Report on the bubonic plague in Bombay, 1896-1897
Year: 1896
Disease focus: Plague
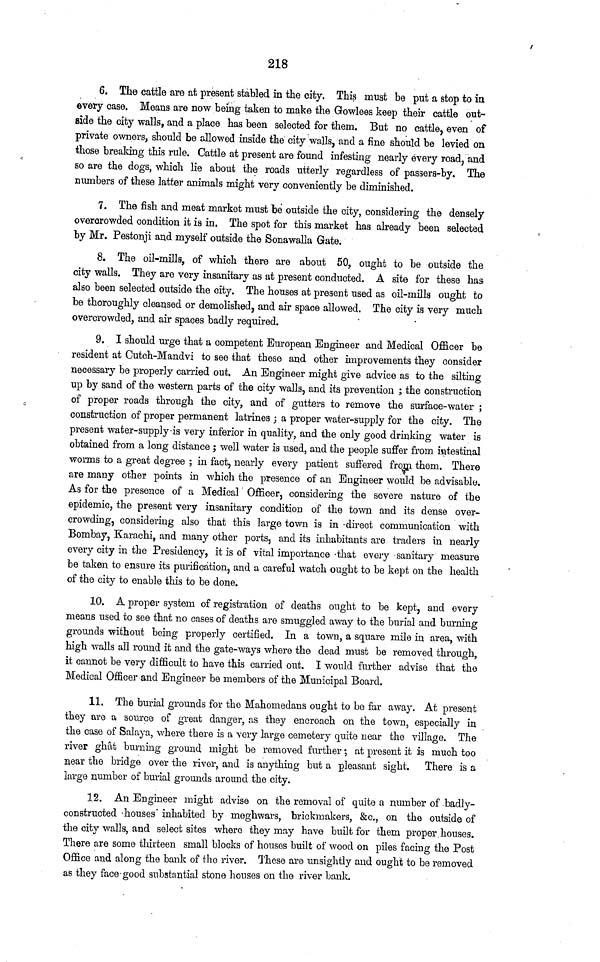
218
6. The cattle are at present stabled in the city. This must be put a stop to in
every case. Means are now being taken to make the Gowlees keep their cattle out-
side the city walls, and a place has been selected for them. But no cattle, even of
private owners, should be allowed inside the city walls, and a fine should be levied on
those breaking this rule. Cattle at present are found infesting nearly every road, and
so are the dogs, which lie about the roads utterly regardless of passers-by. The
numbers of these latter animals might very conveniently be diminished.
7. The fish and meat market must be outside the city, considering the densely
overcrowded condition it is in. The spot for this market has already been selected
by Mr. Pestonji and myself outside the Sonawalla Gate.
8. The oil-mills, of which there are about 50, ought to be outside the
city walls. They are very insanitary as at present conducted. A site for these has
also been selected outside the city. The houses at present used as oil-mills ought to
be thoroughly cleansed or demolished, and air space allowed. The city is very much
overcrowded, and air spaces badly required.
9. I should urge that a competent European Engineer and Medical Officer be
resident at Cutch-Mandvi to see that these and other improvements they consider
necessary be properly carried out. An Engineer might give advice as to the silting
up by sand of the western parts of the city walls, and its prevention ; the construction
of proper roads through the city, and of gutters to remove the surface-water ;
construction of proper permanent latrines ; a proper water-supply for the city. The
present water-supply is very inferior in quality, and the only good drinking water is
obtained from a long distance ; well water is used, and the people suffer from intestinal
worms to a great degree ; in fact, nearly every patient suffered from them. There
are many other points in which the presence of an Engineer would be advisable.
As for the presence of a Medical Officer, considering the severe nature of the
epidemic, the present very insanitary condition of the town and its dense over-
crowding, considering also that this large town is in direct communication with
Bombay, Karachi, and many other ports, and its inhabitants are traders in nearly
every city in the Presidency, it is of vital importance that every sanitary measure
be taken to ensure its purification, and a careful watch ought to be kept on the health
of the city to enable this to be done.
10. A proper system of registration of deaths ought to be kept, and every
means used to see that no cases of deaths are smuggled away to the burial and burning
grounds without being properly certified. In a town, a square mile in area, with
high walls all round it and the gate-ways where the dead must be removed through,
it cannot be very difficult to have this carried out. I would further advise that the
Medical Officer and Engineer be members of the Municipal Board.
11. The burial grounds for the Mahoniedaus ought to be far away. At present
they ave a source of great danger, as they encroach on the town, especially in
the case of Salaya, where there is a very large cemetery quite near the village. The
river ghât burning ground might be removed further ·, at present it is much too
near the bridge over the river, and is anything but a pleasant sight. There is a
large number of burial grounds around the city.
12. An Engineer might advise on the removal of quite a number of -badly-
constructed houses inhabited by meghwars, brickmakers, &c., on the outside of
the city walls, and select sites where they may have built for them proper houses.
There are some thirteen small blocks of houses built of wood on piles facing the Post
Office and along the bank of the river. These are unsightly and ought to be removed
as they face good substantial stone houses on the river bank.